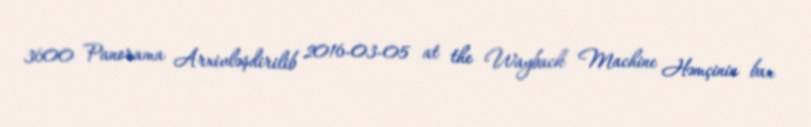
3600 Panorama Arxivləşdirilib 2016-03-05 at the Wayback Machine Həmçinin bax